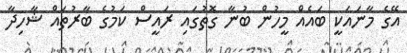
އޭގެ މާނައަކީ ބައެއް މީހުން ބުނާ ގޮތުގައި ރައީސް ކަމުގެ ބާރުތައް ޝާހިދާ